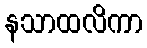
နသာထလိကာ